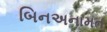
બિનઅનામત